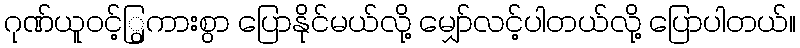
ဂုဏ်ယူဝင့်ြွကားစွာ ပြောနိုင်မယ်လို့ မျှော်လင့်ပါတယ်လို့ ပြောပါတယ်။